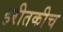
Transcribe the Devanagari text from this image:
हरीतकीच